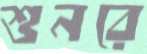
শুনরে